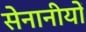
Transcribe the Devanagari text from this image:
सेनानीयों